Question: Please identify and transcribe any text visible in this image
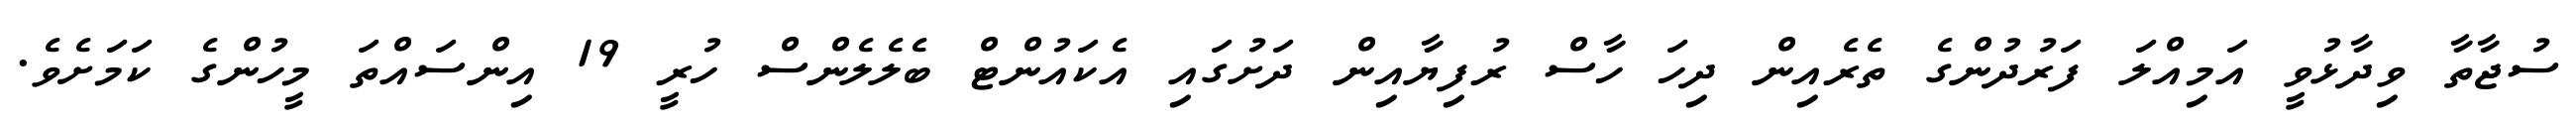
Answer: ސުޖާތާ ވިދާޅުވީ އަމިއްލަ ފަރުދުންގެ ތެރެއިން ދިހަ ހާސް ރުފިޔާއިން ދަށުގައި އެކައުންޓް ބެލެލެންސް ހުރީ 19 އިންސައްތަ މީހުންގެ ކަމަށެވެ.